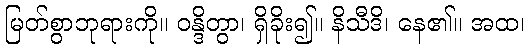
မြတ်စွာဘုရားကို။ ဝန္ဒိတွာ၊ ရှိခိုး၍။ နိသီဒိ၊ နေ၏။ အထ၊